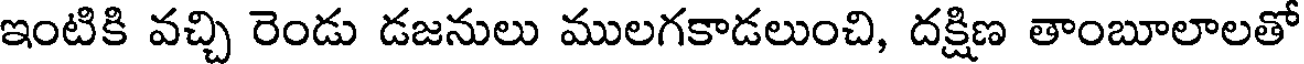
ఇంటికి వచ్చి రెండు డజనులు ములగకాడలుంచి, దక్షిణ తాంబూలాలతో